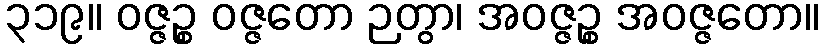
၃၁၉။ ဝဇ္ဇဉ္စ ဝဇ္ဇတော ဉတွာ၊ အဝဇ္ဇဉ္စ အဝဇ္ဇတော။